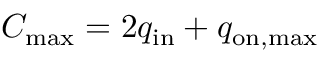
C _ { \mathrm { m a x } } = 2 q _ { \mathrm { i n } } + q _ { \mathrm { o n , m a x } }